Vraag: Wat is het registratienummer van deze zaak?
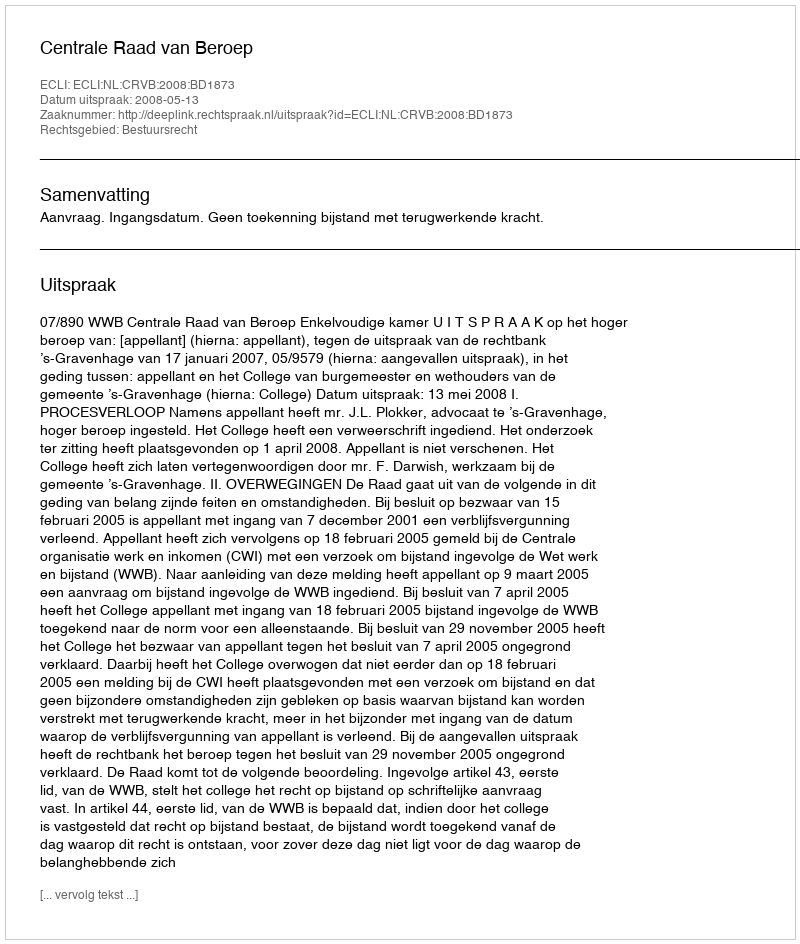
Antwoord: http://deeplink.rechtspraak.nl/uitspraak?id=ECLI:NL:CRVB:2008:BD1873